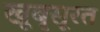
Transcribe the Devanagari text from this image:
खूबृसूरत